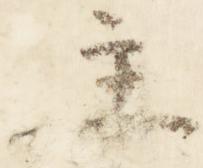
主